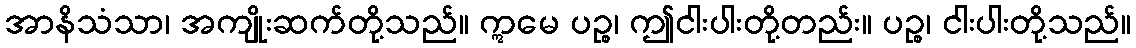
အာနိသံသာ၊ အကျိုးဆက်တို့သည်။ ဣမေ ပဉ္စ၊ ဤငါးပါးတို့တည်း။ ပဉ္စ၊ ငါးပါးတို့သည်။